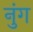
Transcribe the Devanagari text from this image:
नुंग